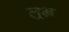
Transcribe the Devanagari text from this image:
ल्रभ्र